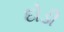
દોડી